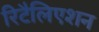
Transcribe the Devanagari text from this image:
रिटैलिएशन